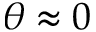
\theta \approx 0